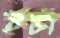
ইঁটা